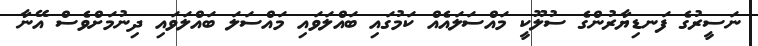
ނަަސީރުގެ ފަނޑިޔާރުންގެ ސުލޫކީ މައްސަލައެއް ކަމުގައި ބައްލަވައި މައްސަލަ ބައްލަވައި ދިނުމަށްވެސް އޭނާ